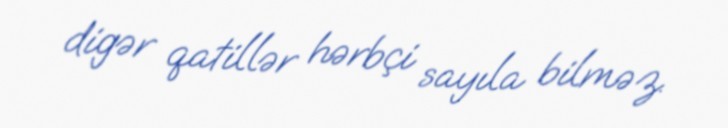
digər qatillər hərbçi sayıla bilməz.